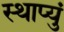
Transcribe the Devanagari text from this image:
स्थाप्युं